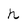
Character: h